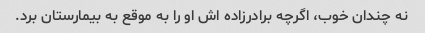
نه چندان خوب، اگرچه برادرزاده اش او را به موقع به بیمارستان برد.